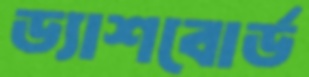
ড্যাশবোর্ড